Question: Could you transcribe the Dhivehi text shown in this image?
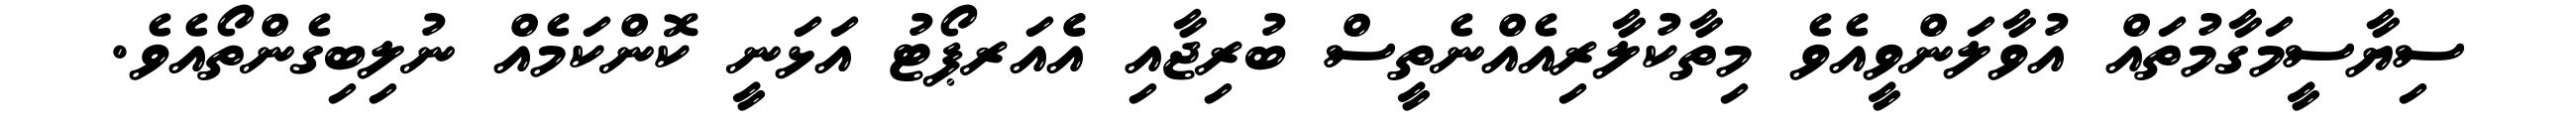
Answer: ސިޔާސީމަގާމުތައް އުވާލަންވީއެވެ މިތާކުލާރިއެއްނެތީސް ބުރިޖާއި އެެއަރޕޯޓު އަޅަނީ ކޮންކަމެއް ނުލިބިގެންތޯއެވެ.